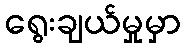
ရွေးချယ်မှုမှာ